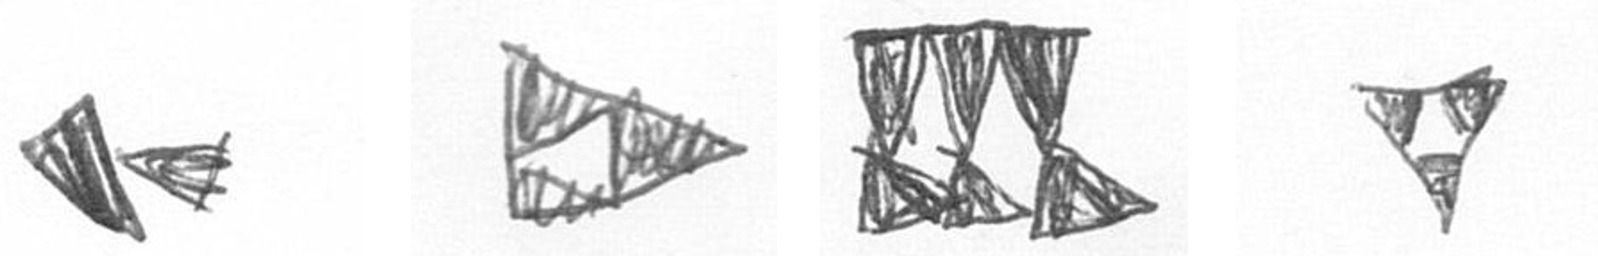
F K D S